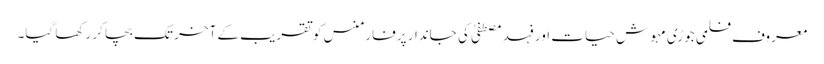
معروف فلمی جوڑی مہوش حیات اور فہد مصطفیٰ کی جاندار پرفارمنس کو تقریب کے آخر تک بچا کر رکھا گیا۔